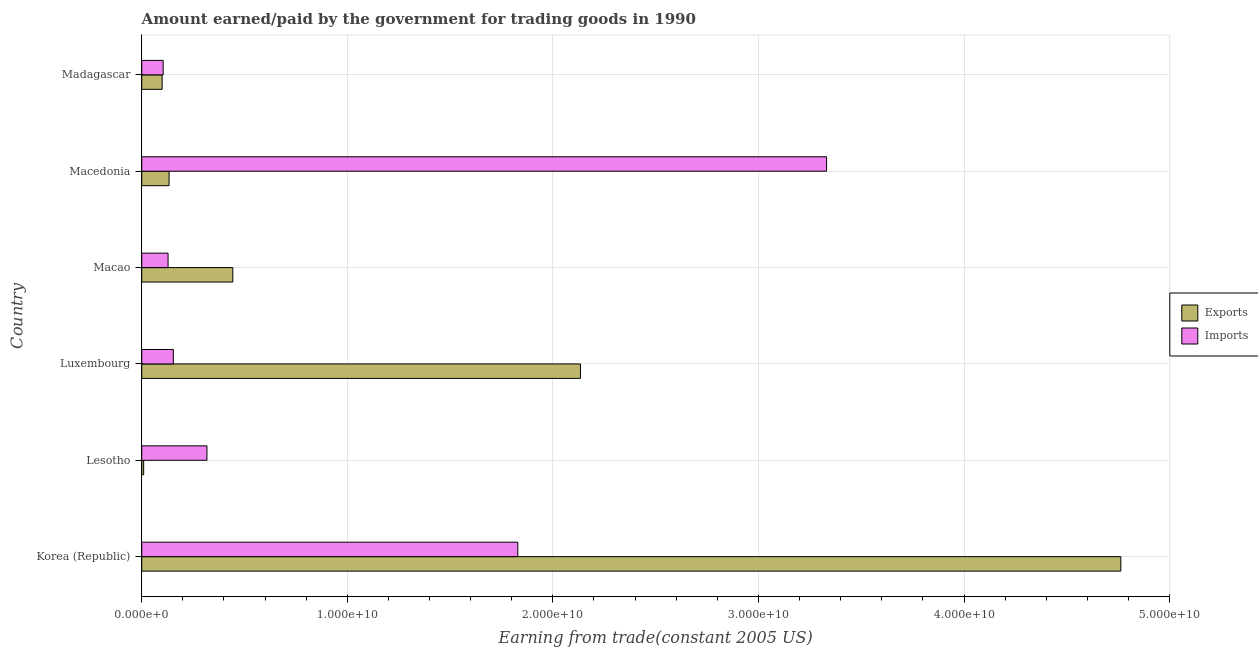
| Country | Exports | Imports |
 | --- | --- | --- |
 | Korea (Republic) | 4.76e+10 | 1.83e+10 |
 | Lesotho | 9.39e+07 | 3.17e+09 |
 | Luxembourg | 2.13e+10 | 1.54e+09 |
 | Macao | 4.43e+09 | 1.28e+09 |
 | Macedonia | 1.33e+09 | 3.33e+10 |
 | Madagascar | 9.93e+08 | 1.04e+09 |